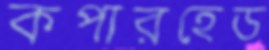
কপারহেড